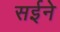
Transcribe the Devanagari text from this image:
सईने